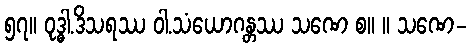
၅၇။ ဝုဒ္ဓါ.ဒိသရဿ ဝါ.သံယောဂန္တဿ သဏေ စ။ ။ သဏေ-